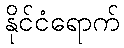
နိုင်ငံရောက်